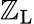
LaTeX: \mathbb{Z}_{\mathrm{{L}}}